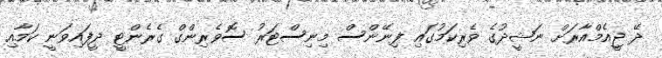
ދޭ ޖީއެމްއާރަށް ނަޝީދުގެ ވެރިކަމުގައި ފިނޭންސް މިނިސްޓަރު ސޮވެރިންގް ގެރެންޓީ ދީފައިވަނީ ކަމާއި